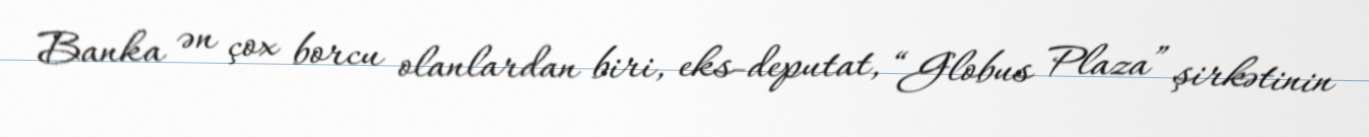
Banka ən çox borcu olanlardan biri, eks-deputat, “Globus Plaza” şirkətinin